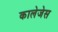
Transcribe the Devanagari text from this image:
कालेजेस